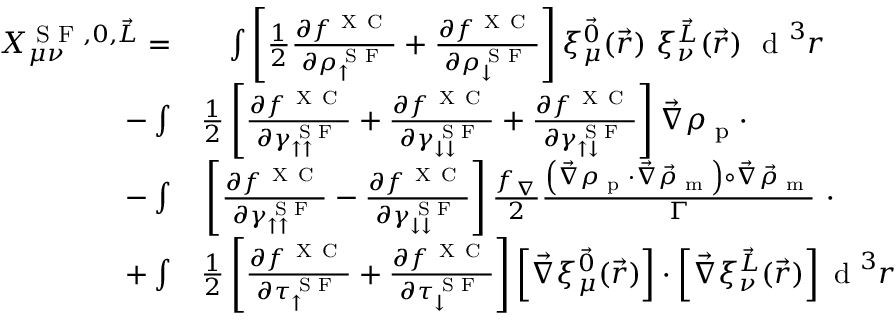
\begin{array} { r l } { X _ { \mu \nu } ^ { \textrm { S F } , 0 , \vec { L } } = } & { { } \phantom { + } \int \left[ \frac { 1 } { 2 } \frac { \partial f ^ { \mathrm { ~ X ~ C ~ } } } { \partial \rho _ { \uparrow } ^ { \textrm { S F } } } + \frac { \partial f ^ { \mathrm { ~ X ~ C ~ } } } { \partial \rho _ { \downarrow } ^ { \textrm { S F } } } \right] \xi _ { \mu } ^ { \vec { 0 } } ( \vec { r } ) ~ \xi _ { \nu } ^ { \vec { L } } ( \vec { r } ) ~ \textrm { d } ^ { 3 } r } \\ { - \int } & { { } \frac { 1 } { 2 } \left[ \frac { \partial f ^ { \mathrm { ~ X ~ C ~ } } } { \partial \gamma _ { \uparrow \uparrow } ^ { \textrm { S F } } } + \frac { \partial f ^ { \mathrm { ~ X ~ C ~ } } } { \partial \gamma _ { \downarrow \downarrow } ^ { \textrm { S F } } } + \frac { \partial f ^ { \mathrm { ~ X ~ C ~ } } } { \partial \gamma _ { \uparrow \downarrow } ^ { \textrm { S F } } } \right] \vec { \nabla } \rho _ { \textrm { p } } \cdot } \\ { - \int } & { { } \left[ \frac { \partial f ^ { \mathrm { ~ X ~ C ~ } } } { \partial \gamma _ { \uparrow \uparrow } ^ { \textrm { S F } } } - \frac { \partial f ^ { \mathrm { ~ X ~ C ~ } } } { \partial \gamma _ { \downarrow \downarrow } ^ { \textrm { S F } } } \right] \frac { f _ { \nabla } } { 2 } \frac { \left( \vec { \nabla } \rho _ { \textrm { p } } \cdot \vec { \nabla } \vec { \rho } _ { \textrm { m } } \right) \circ \vec { \nabla } \vec { \rho } _ { \textrm { m } } } { \Gamma } ~ \cdot } \\ { + \int } & { { } \frac { 1 } { 2 } \left[ \frac { \partial f ^ { \mathrm { ~ X ~ C ~ } } } { \partial \tau _ { \uparrow } ^ { \textrm { S F } } } + \frac { \partial f ^ { \mathrm { ~ X ~ C ~ } } } { \partial \tau _ { \downarrow } ^ { \textrm { S F } } } \right] \left[ \vec { \nabla } \xi _ { \mu } ^ { \vec { 0 } } ( \vec { r } ) \right] \cdot \left[ \vec { \nabla } \xi _ { \nu } ^ { \vec { L } } ( \vec { r } ) \right] \textrm { d } ^ { 3 } r } \end{array}